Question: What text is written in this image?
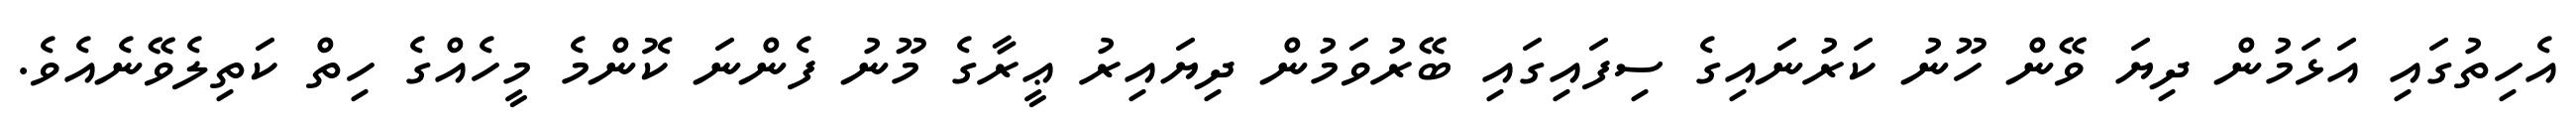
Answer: އެހިތުގައި އަޅަމުން ދިޔަ ވޭން ހޫނު ކަރުނައިގެ ސިފައިގައި ބޭރުވަމުން ދިޔައިރު ޢީރާގެ މޫނު ފެންނަ ކޮންމެ މީހެއްގެ ހިތް ކަތިލެވޭނެއެވެ.